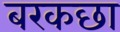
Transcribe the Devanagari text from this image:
बरकछा